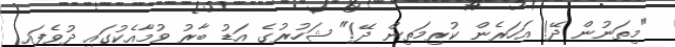
"މިތަނުން ދޭ! އަހަރެން ކުރިމަތިން ދޭ!" ޝަހުރުގެ އަޑު ބާރު ވުމާއެކުގައި ދުވެފައި